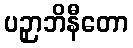
ပဉှာဘိနီတော